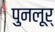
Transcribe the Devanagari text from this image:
पुनलूर्